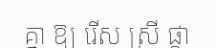
គ្នា ឱ្យ រើស ស្រី ផ្កា